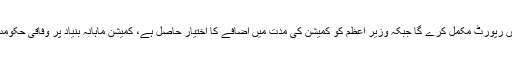
نوٹیفیکیشن کے مطابق کمیشن 6 ماہ میں رپورٹ مکمل کرے گا جبکہ وزیر اعظم کو کمیشن کی مدت میں اضافے کا اختیار حاصل ہے، کمیشن ماہانہ بنیاد پر وفاقی حکومت کو کارکردگی رپورٹ پیش کرے گا۔